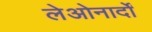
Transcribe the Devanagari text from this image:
लेओनार्दों